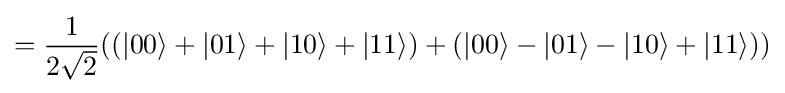
={\frac {1}{2{\sqrt {2}}}}((|00\rangle +|01\rangle +|10\rangle +|11\rangle )+(|00\rangle -|01\rangle -|10\rangle +|11\rangle ))